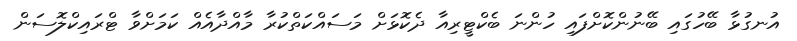
އުނގުޅާ ބޭހުގައި ބޭނުންކޮށްފައި ހުންނަ ބެކްޓީރިިއާ ދެކޮޅަށް މަސައްކަތްކުރާ މާއްދާއެއް ކަމަށްވާ ޓްރައިކްލޮސަން